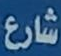
شارع